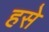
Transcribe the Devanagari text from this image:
हसे